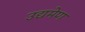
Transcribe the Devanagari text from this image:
उद्यमेण